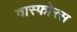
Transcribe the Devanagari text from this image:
वास्फोरस